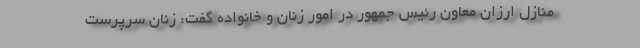
منازل ارزان معاون رئیس جمهور در امور زنان و خانواده گفت: زنان سرپرست